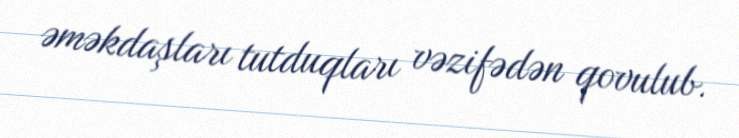
əməkdaşları tutduqları vəzifədən qovulub.